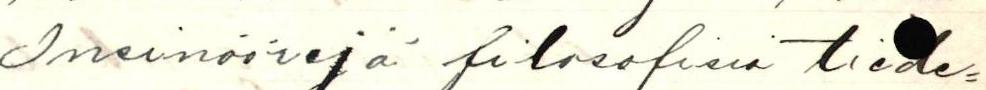
Insinöörejä filosofisia tiede=